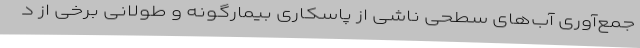
جمع‌آوری آب‌های سطحی ناشی از پاسکاری بیمارگونه و طولانی برخی از د